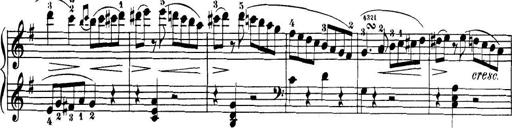
Title: 32 Sonatinas and Rondos for the Piano
Composer: Richard Kleinmichel